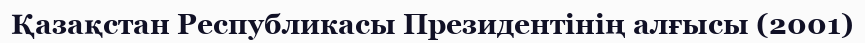
Қазақстан Республикасы Президентінің алғысы (2001)